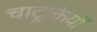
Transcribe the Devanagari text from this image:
चाटूक्तियाँ